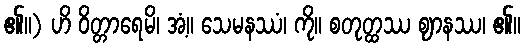
၏။) ဟိ ဝိတ္တာရေမိ၊ အံ့။ သေမနဿံ၊ ကို။ စတုတ္ထဿ ဈာနဿ၊ ၏။